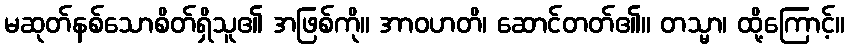
မဆုတ်နစ်သောစိတ်ရှိသူ၏ အဖြစ်ကို။ အာဝဟတိ၊ ဆောင်တတ်၏။ တသ္မာ၊ ထို့ကြောင့်။